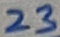
Text: 23